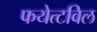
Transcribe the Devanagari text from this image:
फयेत्टविल